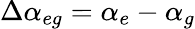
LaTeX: \Delta\alpha_{eg}=\alpha_{e}-\alpha_{g}